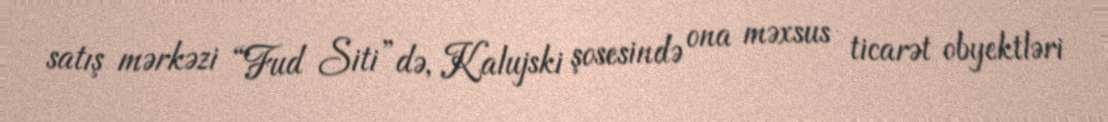
satış mərkəzi “Fud Siti”də, Kalujski şosesində ona məxsus ticarət obyektləri